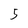
Character: 5